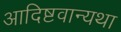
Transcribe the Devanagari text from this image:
आदिष्टवान्यथा